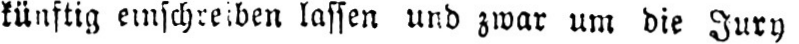
lassen und zwar um die Jury